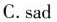
C.sad